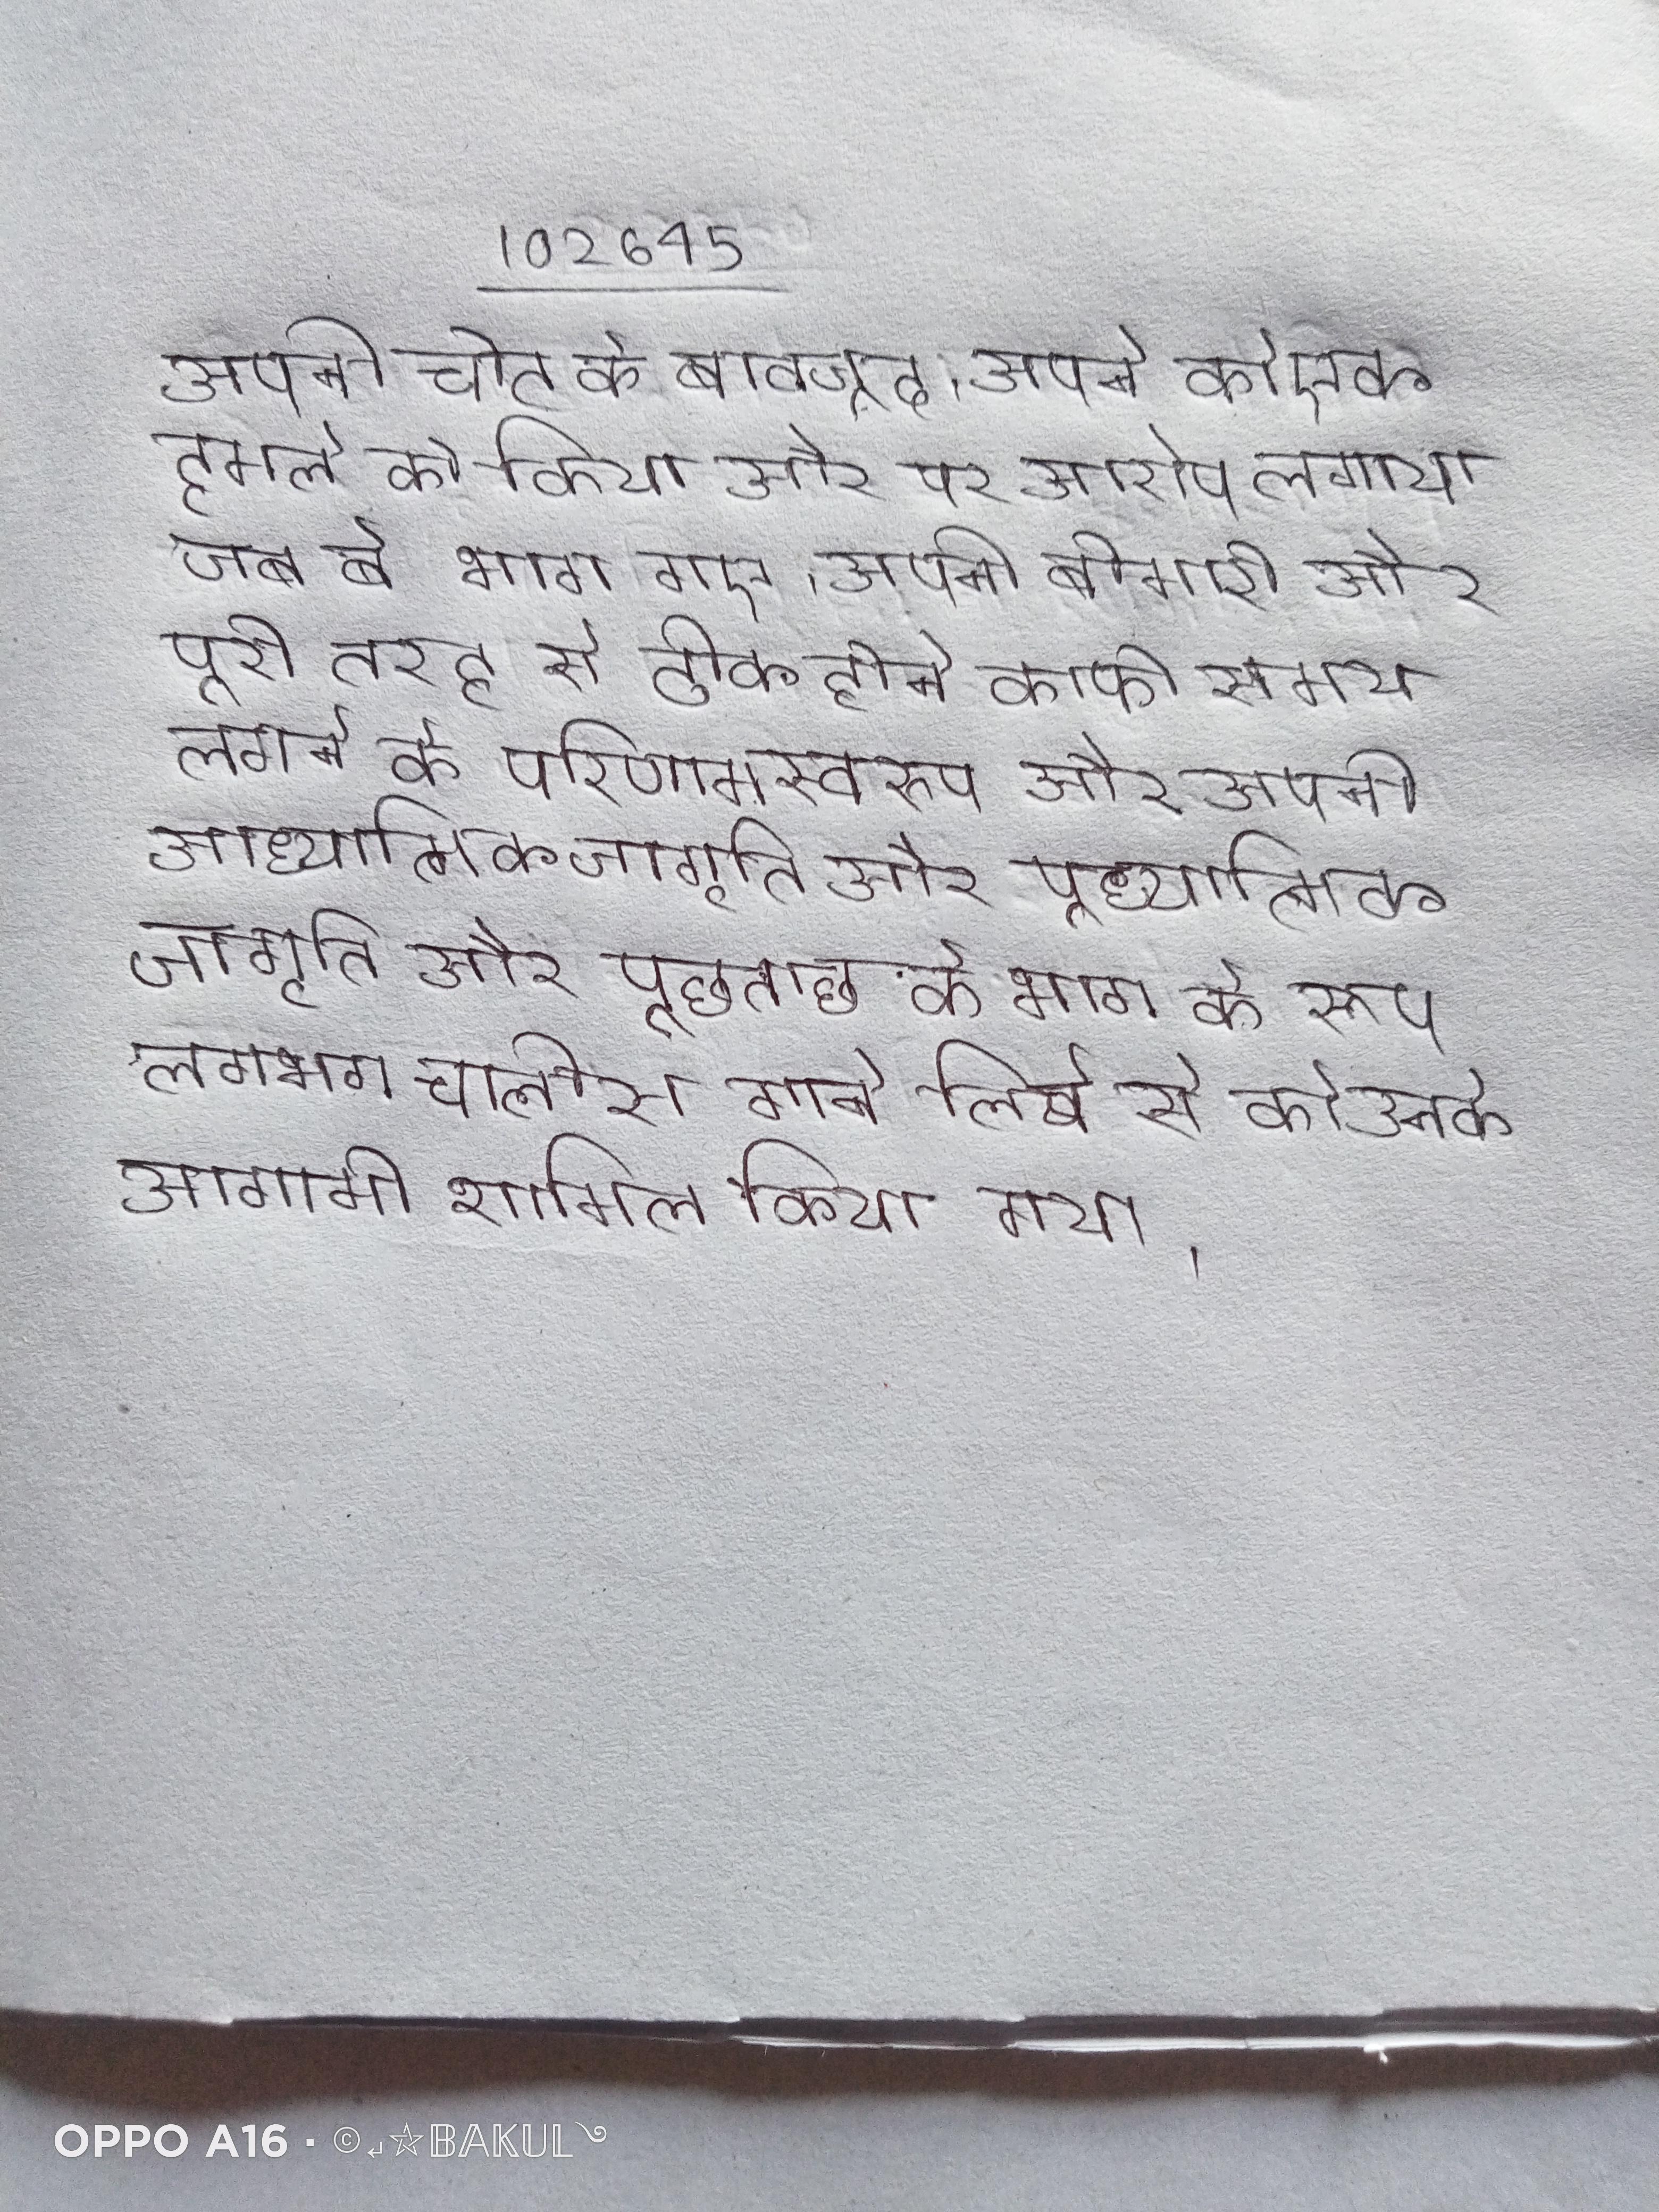
अपनी चोट के बावजूद, अपने को एक हमले की किया और पर आरोप लगाया जब वे भाग गए । अपनी बीमारी और पूरी तरह से ठीक होने काफी समय लगने के परिणामस्वरूप और अपनी आध्यात्मिक जागृति और पूछताछ के भाग के रूप लगभग चालीस गाने लिखे से को उनके आगामी शामिल किया गया ।